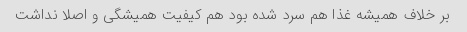
بر خلاف همیشه غذا هم سرد شده بود هم کیفیت همیشگی و اصلا نداشت